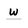
Character: w